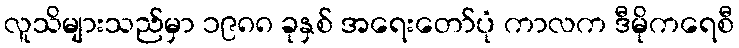
လူသိများသည်မှာ ၁၉၈၈ ခုနှစ် အရေးတော်ပုံ ကာလက ဒီမိုကရေစီ